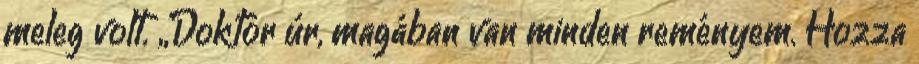
meleg volt. „Doktor úr, magában van minden reményem. Hozza